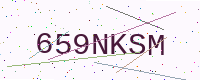
Text: 659NKSM